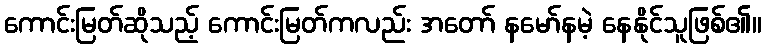
ကောင်းမြတ်ဆိုသည့် ကောင်းမြတ်ကလည်း အတော် နမော်နမဲ့ နေနိုင်သူဖြစ်၏။